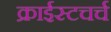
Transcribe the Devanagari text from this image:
क्राईस्टचर्च